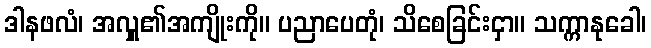
ဒါနဖလံ၊ အလှူ၏အကျိုးကို။ ပညာပေတုံ၊ သိစေခြင်းငှာ။ သက္ကာနုခေါ၊